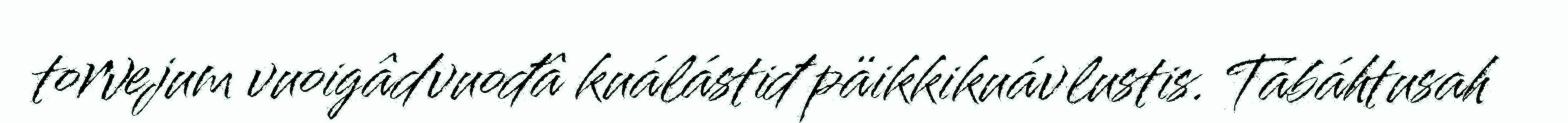
torvejum vuoigâdvuođâ kuálástiđ päikkikuávlustis. Tábáhtusah